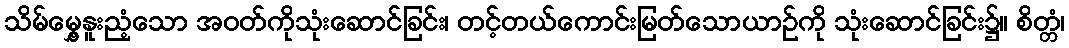
သိမ်မွှေ့နူးညံ့သော အဝတ်ကိုသုံးဆောင်ခြင်း၊ တင့်တယ်ကောင်းမြတ်သောယာဉ်ကို သုံးဆောင်ခြင်း၌။ စိတ္တံ၊